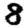
Digit: 8